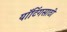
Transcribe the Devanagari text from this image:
यॉटिंगसाठी